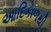
આદિકાળથી